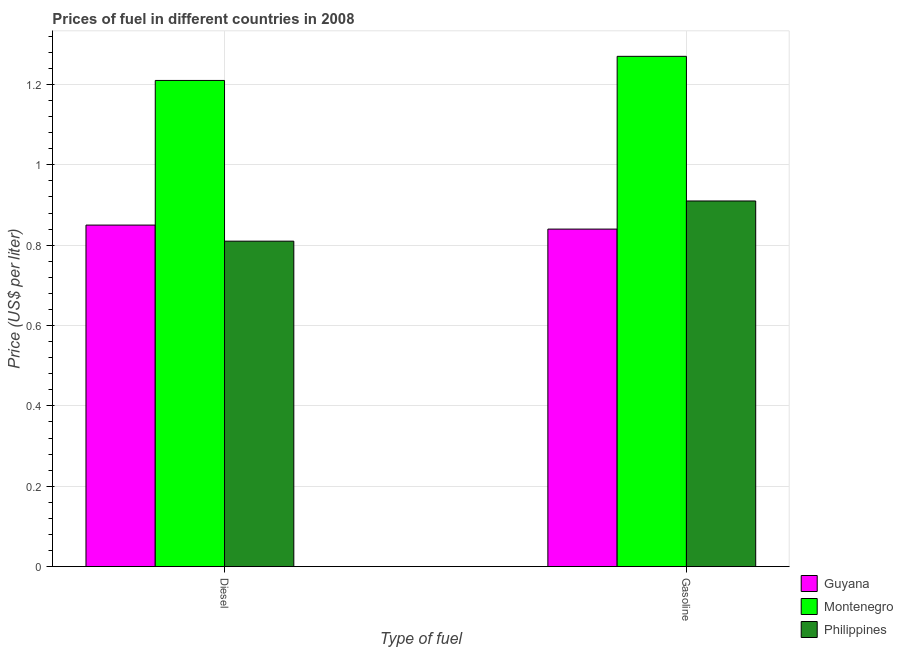
| Type of fuel | Guyana | Montenegro | Philippines |
 | --- | --- | --- | --- |
 | Diesel | 0.85 | 1.21 | 0.81 |
 | Gasoline | 0.84 | 1.27 | 0.91 |